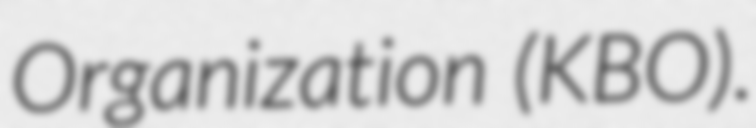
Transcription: Organization (KBO).